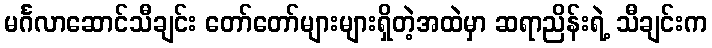
မင်္ဂလာဆောင်သီချင်း တော်တော်များများရှိတဲ့အထဲမှာ ဆရာညိန်းရဲ့ သီချင်းက